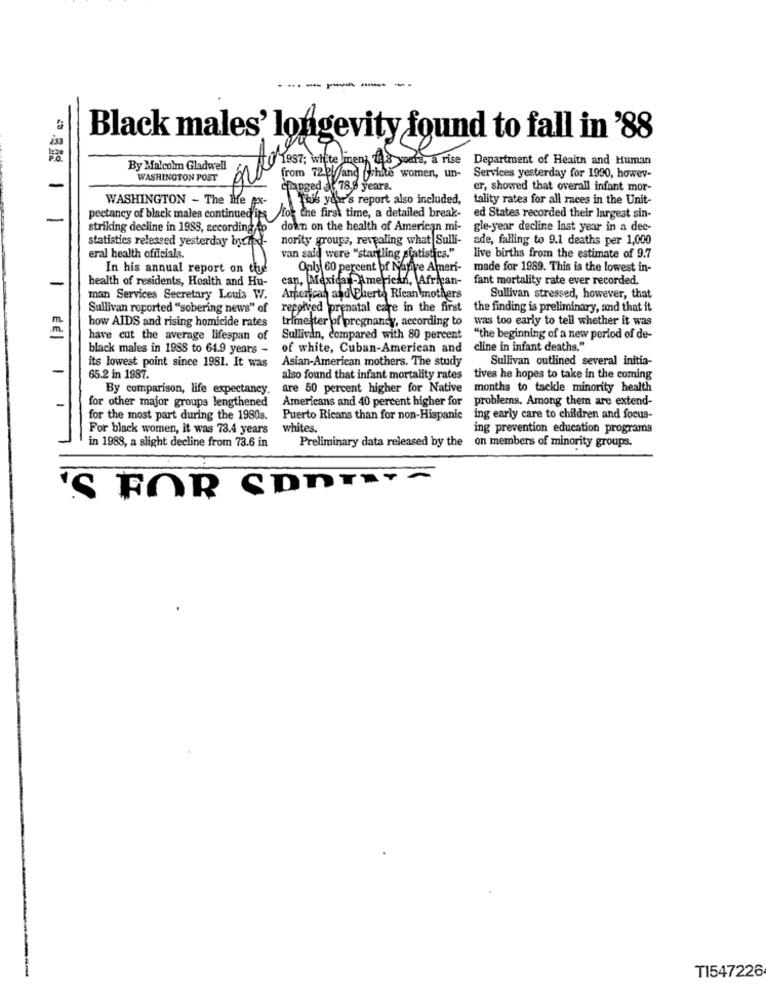
Black males' longevity found to fall in '88
23
1987; white men; 748 yours, a rise
Department of Health and Human
By Malcolm Gladwell
WASHINGTON POST
8
from 720 and white women, un- Services yesterday for 1990, howev-
-
changed 78,8 years.
er, showed that overall infant mor-
WASHINGTON - The Me ex-
This year's report also included,
tality rates for all races in the Unit-
pectancy of black males continued its for the first time, a detailed break-
-
ed States recorded their largest sin-
striking decline in 1988, according to
down on the health of American mi-
gle-year decline last year in a dee-
statistics released yesterday byched-
nority groups, revealing what Sulli-
ade, falling to 9.1 deaths per 1,000
eral health officials.
van said were "startling statistics."
live births from the estimate of 9.7
In his annual report on the
Only 60 percent of Nafire Ameri-
made for 1989. This is the lowest in-
health of residents, Health and Hu-
can, Mexican-American, African-
fant mortality rate ever recorded.
man Services Secretary Louis W.
Amperecan and Puerto Rican mothers
Sullivan stressed, however, that
Sullivan reported ""sobering news" of
repoived prenatal care in the first
the finding is preliminary, and that it
trimester of pregnancy, according to
was too early to tell whether it was
m.
how AIDS and rising homicide rates
have cut the average lifespan of
Sullivan, compared with 80 percent
"the beginning of a new period of de-
black males in 1988 to 64.9 years -
of white, Cuban-American and
cline in infant deaths."
its lowest point since 1981. It was
Asian-American mothers. The study
Sullivan outlined several initia-
-
65.2 in 1987.
also found that infant mortality rates
tives he hopes to take in the coming
By comparison, life expectancy.
are 50 percent higher for Native months to tackle minority health
for other major groups lengthened
Americans and 40 percent higher for
problems, Among them are extend-
for the most part during the 1980s.
Puerto Ricans than for non-Hispanic
ing early care to children and focus-
For black women, it was 73.4 years
whites.
ing prevention education programs
Preliminary data released by the on members of minority groups.
in 1988, a slight decline from 73.6 in
'S FOR SONT .~
TI547226